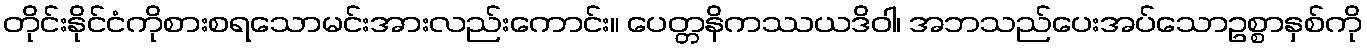
တိုင်းနိုင်ငံကိုစားစရသောမင်းအားလည်းကောင်း။ ပေတ္တနိကဿယဒိဝါ၊ အဘသည်ပေးအပ်သောဥစ္စာနှစ်ကို